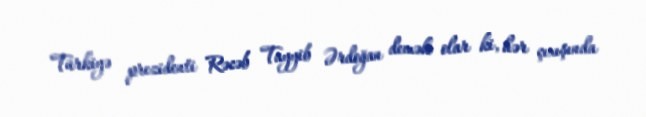
Türkiyə prezidenti Rəcəb Tayyib Ərdoğan demək olar ki, hər çıxışında